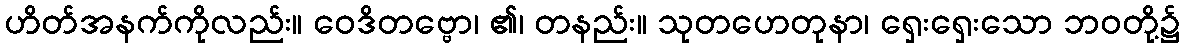
ဟိတ်အနက်ကိုလည်း။ ဝေဒိတဗ္ဗော၊ ၏၊ တနည်း။ သုတဟေတုနာ၊ ရှေးရှေးသော ဘဝတို့၌